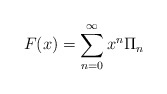
\begin{align*} F(x)=\sum_{n=0}^\infty x^n \Pi_n\end{align*}